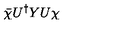
\bar { \chi } U ^ { \dag } Y U \chi